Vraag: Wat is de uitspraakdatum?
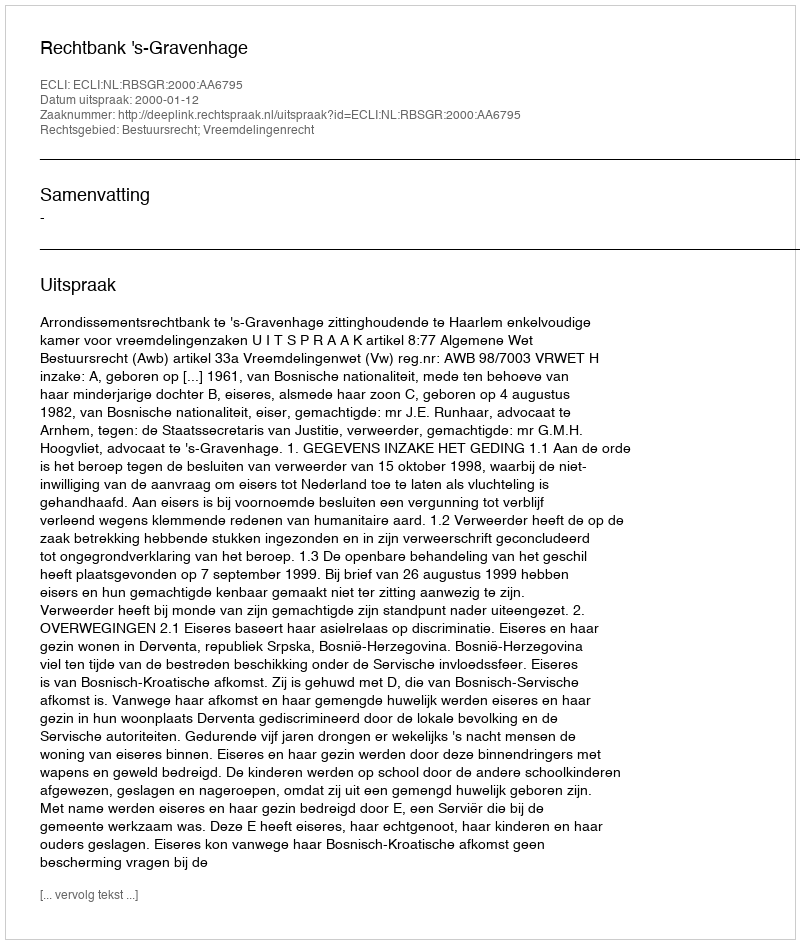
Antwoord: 2000-01-12